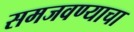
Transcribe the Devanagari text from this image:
समजवण्याचा